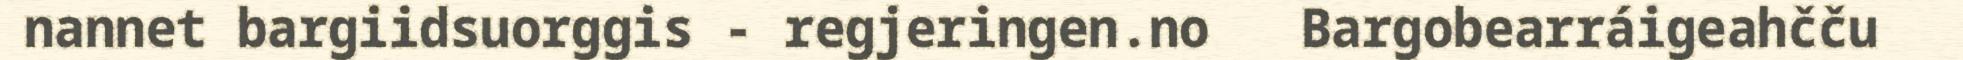
nannet bargiidsuorggis - regjeringen.no ﻿ ﻿﻿ Bargobearráigeahčču